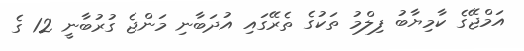
އަމްޖޭގެ ކާމިޔާބު ފިލްމު ތަކުގެ ތެރޭގައި އުދަބާނި މަންޖެ ގުރުބާނީ 12 ގެ